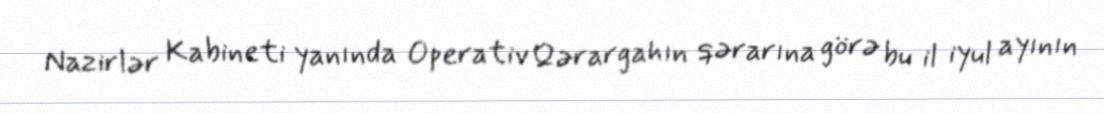
Nazirlər Kabineti yanında Operativ Qərargahın qərarına görə bu il iyul ayının